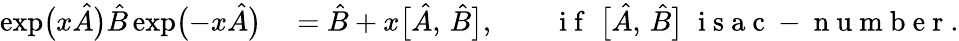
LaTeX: \begin{array}{rl}{\exp\bigl(x\hat{A}\bigr)\hat{B}\exp\bigl(-x\hat{A}\bigr)}&{{}=\hat{B}+x\bigl[\hat{A},\, \hat{B}\bigr],\qquad\mathrm{~i~f~}\; \bigl[\hat{A},\, \hat{B}\bigr]\; \mathrm{~i~s~a~c~-~n~u~m~b~e~r~}.}\end{array}